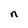
Character: n